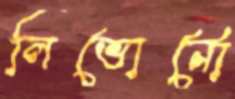
লিভোর্নো